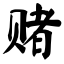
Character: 赌